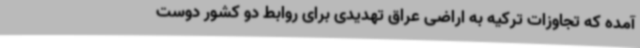
آمده که تجاوزات ترکیه به اراضی عراق تهدیدی برای روابط دو کشور دوست